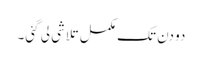
دو دن تک مکمل تلاشی لی گئی۔